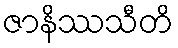
ဇာနိဿသီတိ